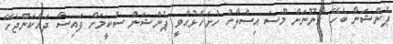
ޕެންޝަނާ ބެހޭ ގާނޫނަށް މޫސަ އިސްލާހު ހުށަހެޅުއްވީ ޕެންޝަން ސުކީމަށް ފައިސާ ދައްކަންޖެހޭ